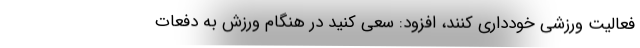
فعالیت ورزشی خودداری کنند، افزود: سعی کنید در هنگام ورزش به دفعات